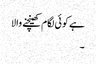
ہے کوئی لگام کھینچنے والا
۔